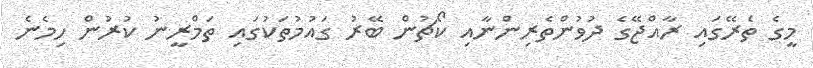
މީގެ ތެރޭގައި ރާއްޖޭގެ ދުވުންތެރިންނާއި ކޯޗުން ބޭރު ގައުމުތަކުގައި ތަމްރީނު ކުރުން ހިމެނެ